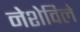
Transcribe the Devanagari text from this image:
नेशेविले